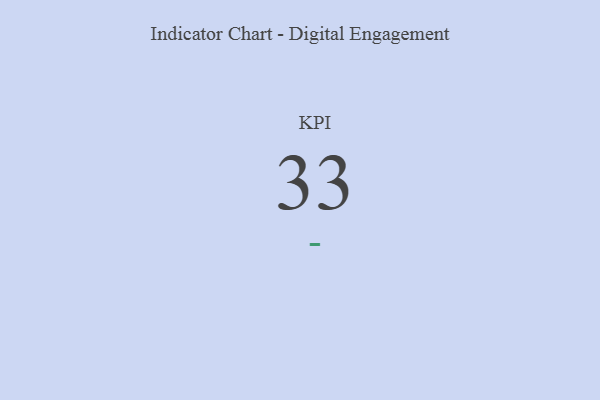
{"axis": {"x": "KPI", "y": "Value"}, "legend": [""], "data": [{"x": "KPI", "y": 33, "type": ""}]}